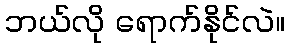
ဘယ်လို ရောက်နိုင်လဲ။